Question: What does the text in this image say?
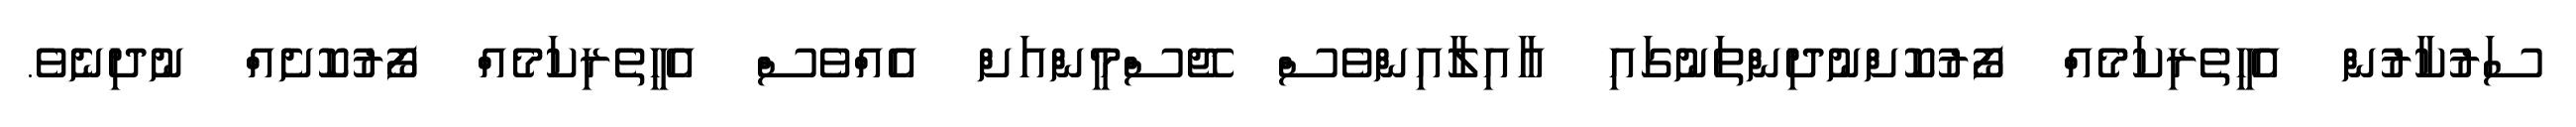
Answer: ސަރުކާރުން އެހީތެރިކަމެއް ފޯރުކޮށްނުދިންތަނުގައި އާއިލާއިންވެސް ޖޭސްމީންއަށް އެއްވެސް އެހީތެރިކަމެއް ފޯރުކޮށެއް ނުދިނެވެ.